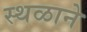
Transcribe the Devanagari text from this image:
स्थळाने